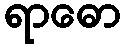
ရာဓော